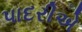
પાદરીએ